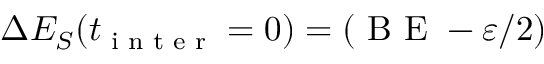
\Delta E _ { S } ( t _ { \textrm { i n t e r } } = 0 ) = ( \textrm { B E } - \varepsilon / 2 )